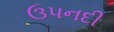
ઉપનદી